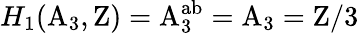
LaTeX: H_{1}(\mathrm{A}_{3},\mathrm{Z})=\mathrm{A}_{3}^{\mathrm{ab}}=\mathrm{A}_{3}=\mathrm{Z}/3